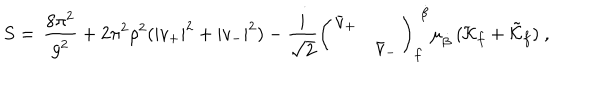
LaTeX: S = \, { \frac { 8 \pi ^ { 2 } } { g ^ { 2 } } } + 2 \pi ^ { 2 } \rho ^ { 2 } ( | v _ { + } | ^ { 2 } + | v _ { - } | ^ { 2 } ) - { \frac { i } { \sqrt { 2 } } } \left( \begin{array} { l l l l } { { \bar { v } _ { + } } } & { { } } \\ { { } } & { { \bar { v } _ { - } } } \\ \end{array} \right) _ { f } ^ { \, \, \dot { \beta } } \mu _ { \dot { \beta } } \, ( { \cal K } _ { f } + \tilde { \cal K } _ { f } ) \ ,